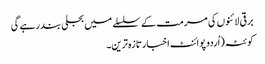
برقی لائنوں کی مرمت کے سلسلے میں بجلی بند رہے گی
کوئٹہ(اُردو پوائنٹ اخبارتازہ ترین۔